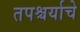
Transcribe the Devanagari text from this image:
तपश्चर्याचे